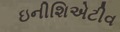
ઇનીશિએટીવ